Report of the Indian Hemp Drugs Commission, 1894-1895 - Volume VII
Year: 1894
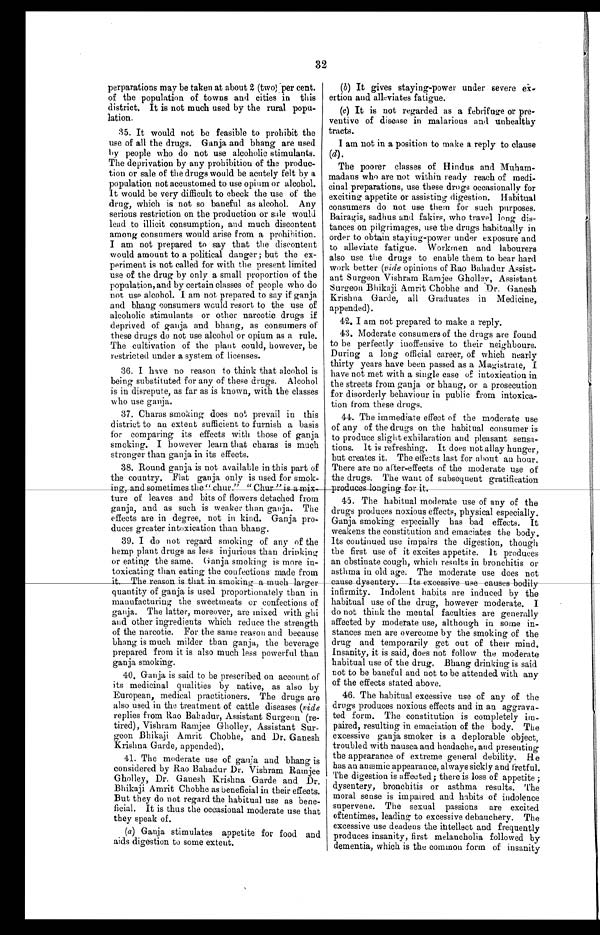
32
perparations may be taken at about 2 (two) per cent.
of the population of towns and cities in this
district. It is not much used by the rural popu
-lation.
35. It would not be feasible to prohibit the
use of all the drugs. Ganja and bhang are used
by people who do not use alcoholic stimulants.
The deprivation by any prohibition of the produc
-tion or sale of the drugs would be acutely felt by a
population not accustomed to use opium or alcohol.
It would be very difficult to check the use of the
drug, which is not so baneful as alcohol. Any
serious restriction on the production or sale would
lead to illicit consumption, and much discontent
among consumers would arise from a prohibition.
I am not prepared to say that the discontent
would amount to a political danger; but the ex
- p e r i m e n t i s n o t c a l l e d f o r w i t h t h e p r e s e n t l i m i t e d
use of the drug by only a small proportion of the
population, and by certain classes of people who do
not use alcohol. I am not prepared to say if ganja
and bhang consumers would resort to the use of
alcoholic stimulants or other narcotic drugs if
deprived of ganja and bhang, as consumers of
these drugs do not use alcohol or opium as a rule.
The cultivation of the plant could, however, be
restricted under a system of licenses.
36. I have no reason to think that alcohol is
being substituted for any of these drugs. Alcohol
is in disrepute, as far as is known, with the classes
who use ganja.
37. Charas smoking does not prevail in this
district to an extent sufficient to furnish a basis
for comparing its effects with those of ganja
smoking. I however learn that charas is much
stronger than ganja in its effects.
38. Round ganja is not available in this part of
the country. Flat ganja only is used for smok
- i n g , a n d s o m e t i m e s
the "chur" is a mix
- t u r e o f l e a v e s a n d b i t s o f f l o w e r s d e t a c h e d f r o m
ganja, and as such is weaker than ganja. The
effects are in degree, not in kind. Ganja pro
-duces greater intoxication than bhang.
39. I do not regard smoking of any of the
hemp plant drugs as less injurious than drinking
or eating the same. Ganja smoking is more in
-toxicating than eating the confections made from
it . The reason is that in smoking a much
l a r g e r q u a n t i t y o f g a n j a i s u s e d p r o p o r t i o n a t e l y t h a n i n
manufacturing the sweetmeats or confections of
ganja. The latter, moreover, are mixed with ghi
and other ingredients which reduce the strength
of the narcotic. For the same reason and because
bhang is much milder than ganja, the beverage
prepared from it is also much less powerful than
ganja smoking.
40. Ganja is said to be prescribed on account of
its medicinal qualities by native, as also by
European, medical practitioners. The drugs are
also used in the treatment of cattle diseases (vide
replies from Rao Bahadur, Assistant Surgeon (re
-tired), Vishram Ramjee Gholley, Assistant Sur
-geon Bhikaji Amrit Chobhe, and Dr. Ganesh
Krishna Garde, appended).
41. The moderate use of ganja and bhang is
considered by Rao Bahadur Dr. Vishram Ramjee
Gholley, Dr. Ganesh Krishna Garde and Dr.
Bhikaji Amrit Chobhe as beneficial in their effects.
But they do not regard the habitual use as bene
-ficial. It is thus the occasional moderate use that
they speak of.
(a ) Ganja stimulates appetite for food and
aids digestion to some extent.
(b) It gives staying-power under sever
e ex-ertion and alleviates fatigue.
(c) It is not regarded as a febrifuge or pre
-ventive of disease in malarious and unhealthy
tracts.
I am not in a position to make a reply to clause
(d).
The poorer classes of Hindus and Muham
-madans who are not within ready reach of medi
-cinal preparations, use these drugs occasionally for
exciting appetite or assisting digestion. Habitual
consumers do not use them for such purposes.
Bairagis, sadhus and fakirs, who travel long dis
-tances on pilgrimages, use the drugs habitually in
order to obtain staying-power under exposure and
to alleviate fatigue. Workmen and labourers
also use the drugs to enable them to bear hard
work better (vide opinions of Rao Bahadur Assist
-ant Surgeon Vishram Ramjee Gholley, Assistant
Surgeon Bhikaji Amrit Chobhe and Dr. Ganesh
Krishna Garde, all Graduates in Medicine,
appended).
42. I am not prepared to make a reply.
43. Moderate consumers of the drugs are found
to be perfectly inoffensive to their neighbours.
During a long official career, of which nearly
thirty years have been passed as a Magistrate, I
have not met with a single case of intoxication in
the streets from ganja or bhang, or a prosecution
for disorderly behaviour in public from intoxica
-tion from these drugs.
44. The immediate effect of the moderate use
of any of the drugs on the habitual consumer is
to produce slight exhilaration and pleasant sensa
-tions. It is refreshing. It does not allay hunger,
but creates it. The effects last for about an hour.
There are no after-effects of the moderate use of
the drugs. The want of subsequent gratification
produces longing for it.
45. The habitual moderate use of any of the
drugs produces noxious effects, physical especially.
Ganja smoking especially has bad effects. It
weakens the constitution and emaciates the body.
Its continued use impairs the digestion, though
the first use of it excites appetite. It produces
an obstinate cough, which results in bronchitis or
asthma in old age. The moderate use does not
cause dysentery. Its excessive use causes bodily
infirmity. Indolent habits are induced by the
habitual use of the drug, however moderate. I
do not think the mental faculties are generally
affected by moderate use, although in some in
-stances men are overcome by the smoking of the
drug and temporarily get out of their mind.
Insanity, it is said, does not follow the moderate
habitual use of the drug. Bhang drinking is said
not to be baneful and not to be attended with any
of the effects stated above.
46. The habitual excessive use of any of the
drugs produces noxious effects and in an aggrava
-ted form. The constitution is completely im
-paired, resulting in emaciation of the body. The
excessive ganja smoker is a deplorable object,
troubled with nausea and headache, and presenting
the appearance of extreme general debility. He
has an anæmic appearance, always sickly and fretful.
The digestion is affected; there is loss of appetite;
dysentery, bronchitis or asthma results. The
moral sense is impaired and habits of indolence
supervene. The sexual passions are excited
oftentimes, leading to excessive debauchery. The
excessive use deadens the intellect and frequently
produces insanity, first melancholia followed by
dementia, which is the common form of insanity